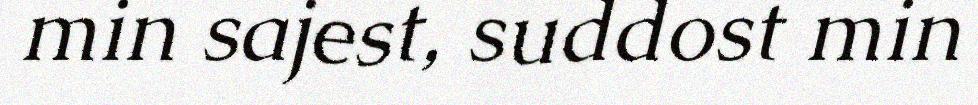
min sajest, suddost min